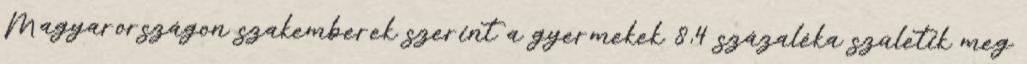
Magyarországon szakemberek szerint a gyermekek 8,4 százaléka születik meg